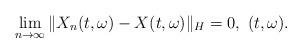
LaTeX: \begin{align*}\lim_{n\rightarrow\infty}\Vert X_n(t,\omega) - X(t,\omega)\Vert_H = 0 , \ (t,\omega).\end{align*}